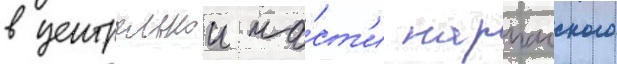
в центральнои ча́ст'и парпачского